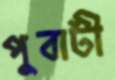
পুবাটী